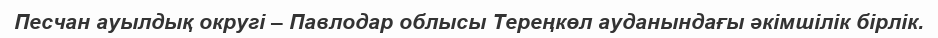
Песчан ауылдық округі – Павлодар облысы Тереңкөл ауданындағы әкімшілік бірлік.